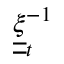
\underline { { \underline { { \xi } } } } _ { t } ^ { - 1 }